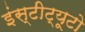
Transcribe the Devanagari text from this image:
इंस्टीट्यूटो